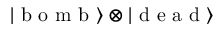
\left| \textrm { b o m b } \right\rangle \otimes \left| \textrm { d e a d } \right\rangle